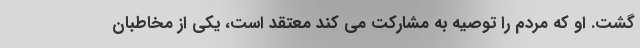
گشت. او که مردم را توصیه به مشارکت می کند معتقد است، یکی از مخاطبان